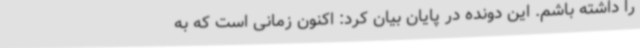
را داشته باشم. این دونده در پایان بیان کرد: اکنون زمانی است که به